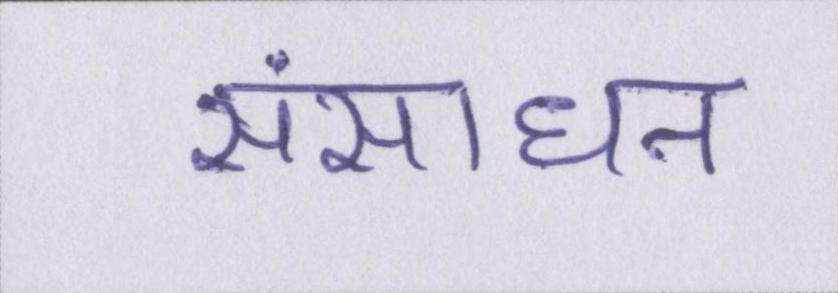
संसाधन